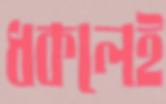
ধকলেই